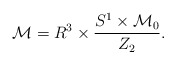
\begin{align*}{\cal M}=R^3\times\frac{S^1\times {\cal M}_0}{Z_2}.\end{align*}